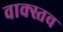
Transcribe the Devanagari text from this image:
वाक्स्तव